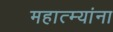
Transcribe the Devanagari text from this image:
महात्म्यांना